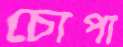
চোপা